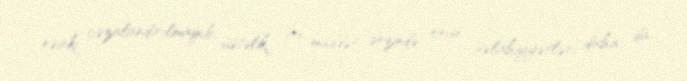
nəinki cəzalandırılmayıb; üstəlik, bu müddət ərzində onun səlahiyyətləri daha da